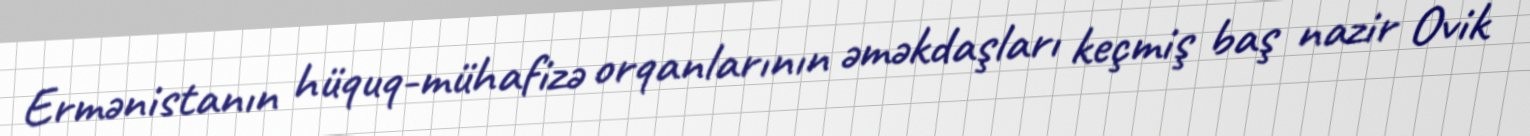
Ermənistanın hüquq-mühafizə orqanlarının əməkdaşları keçmiş baş nazir Ovik